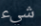
شيء